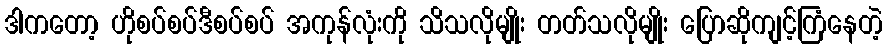
ဒါကတော့ ဟိုစပ်စပ်ဒီစပ်စပ် အကုန်လုံးကို သိသလိုမျိုး တတ်သလိုမျိုး ပြောဆိုကျင့်ကြံနေတဲ့